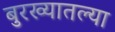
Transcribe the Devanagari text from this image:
बुरख्यातल्या